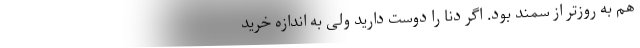
هم به روزتر از سمند بود. اگر دنا را دوست دارید ولی به اندازه خرید